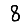
Digit: 8